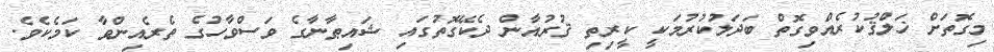
މިގޮތަށް ޚަލްޤުކުރެއްވިގޮތް ބަދަލުކުރުމަކީ ކީރިތި ޤުރުއާން ދެކޭގޮތުގައި ޝައިޠާނާގެ ވަސްވާހުގެ ތެރެއިންވާ ކަމެކެވެ.